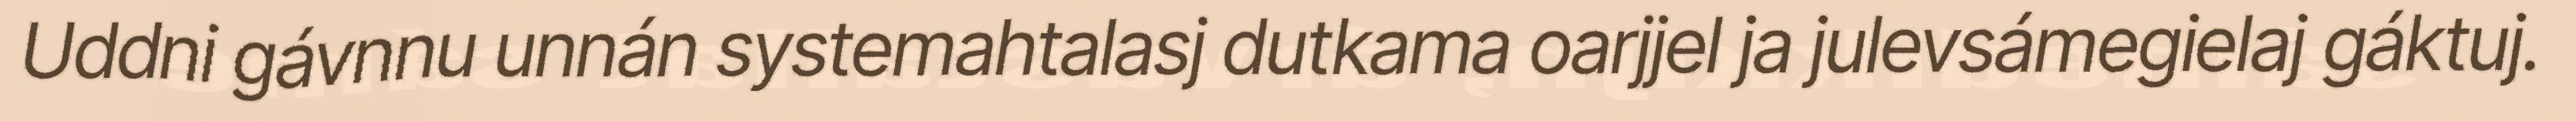
Uddni gávnnu unnán systemahtalasj dutkama oarjjel ja julevsámegielaj gáktuj.